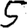
Digit: 5